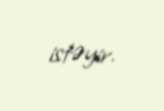
istəyir.